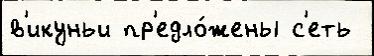
в'икуньи пр'едло́жены с'еть